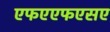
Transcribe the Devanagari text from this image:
एफएएफएसए